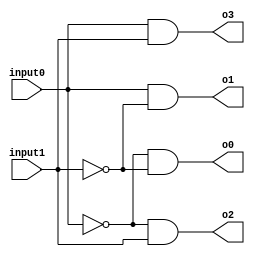
module Decoder2to4 (input0, input1, o0, o1, o2, o3);

	input wire input0, input1;
	output wire o0, o1, o2, o3;
	
	assign o0 = ~input0 & ~input1;
	assign o1 = input0 & ~input1;
	assign o2 = ~input0 & input1;
	assign o3 = input0 & input1;
	
endmodule